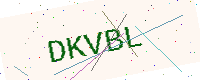
Text: DKVBL